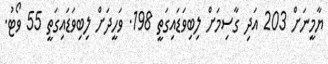
ޔާމީނަށް 203 އަދި ގާސިމަަށް ލިބިވަޑައިގަތީ 198. ވަހީދަށް ލިބިވަޑައިގަތީ 55 ވޯޓު.